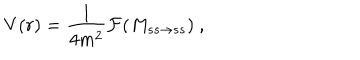
V ( r ) = { \frac { 1 } { 4 m ^ { 2 } } } { \cal F } ( M _ { s s \rightarrow s s } ) ~ ,